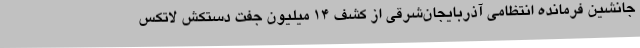
جانشین فرمانده انتظامی آذربایجان‌شرقی از کشف ۱۴ میلیون جفت دستکش لاتکس